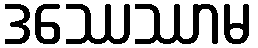
ဒဿေဿာမ